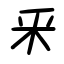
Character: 釆